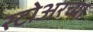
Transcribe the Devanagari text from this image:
स्टोअरच्या